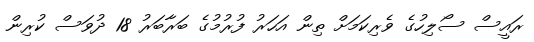
ރައީސް ސޯލިހުގެ ވެރިކަމަށް ތިން އަހަރު ފުރުމުގެ ބަރާބަރު 18 ދުވަސް ކުރިން